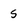
Character: 5